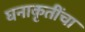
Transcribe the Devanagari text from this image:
घनाकृतींचा